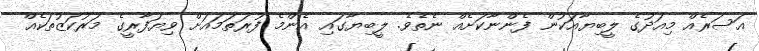
އަސަރެއް މިއަދުގެ ލީބިޔާއަކުން ފެންނާކަށެއް ނެތެވެ. ލީބިޔާގައި އެންމެ ފުރަތަމައަށް ވިޔަފާރީގެ މަރުކަޒުތަކެއް